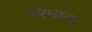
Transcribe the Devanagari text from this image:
एरमाला